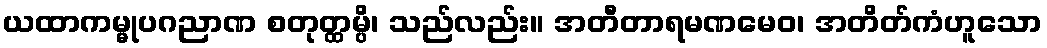
ယထာကမ္မုပဂညာဏ စတုတ္ထမ္ပိ၊ သည်လည်း။ အတီတာရမဏမေဝ၊ အတိတ်ကံဟူသော